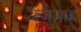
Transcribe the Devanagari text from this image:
अज़ुमाह